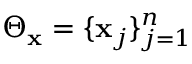
\Theta _ { \mathbf { x } } = \{ \mathbf { x } _ { j } \} _ { j = 1 } ^ { n }